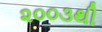
૨૦૦૩થી